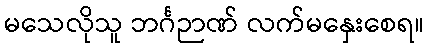
မသေလိုသူ ဘင်္ဂဉာဏ် လက်မနှေးစေရ။